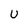
Character: U